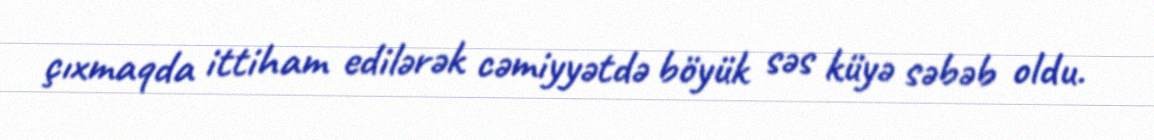
çıxmaqda ittiham edilərək cəmiyyətdə böyük səs küyə səbəb oldu.